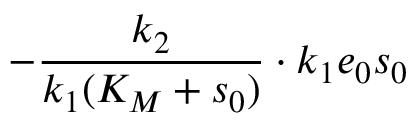
- \frac { k _ { 2 } } { k _ { 1 } ( K _ { M } + s _ { 0 } ) } \cdot k _ { 1 } e _ { 0 } s _ { 0 }